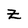
Character: z